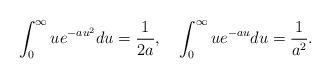
LaTeX: \begin{align*}\int_0^{\infty} u e^{-a u^2} du =\frac{1}{2a},\quad\int_0^{\infty} u e^{-au} du = \frac{1}{a^2}.\end{align*}